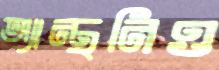
অ্যান্থনিও